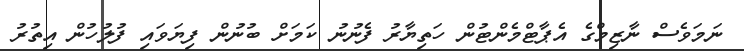
ނަމަވެސް ނާޒިމްގެ އެޕާޓްމެންޓުން ހަތިޔާރު ފެނުނު ކަމަށް ބުނުން ފިޔަވައި ފުލުހުން އިތުރު